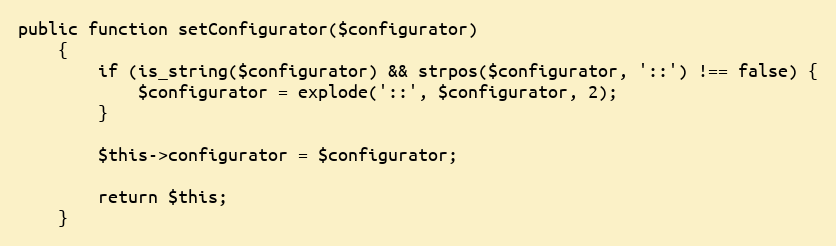
Language: PHP
public function setConfigurator($configurator)
    {
        if (is_string($configurator) && strpos($configurator, '::') !== false) {
            $configurator = explode('::', $configurator, 2);
        }

        $this->configurator = $configurator;

        return $this;
    }